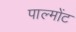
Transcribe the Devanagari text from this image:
पाल्मोंट